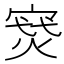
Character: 𪧝